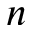
n